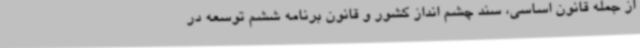
از جمله قانون اساسی، سند چشم انداز کشور و قانون برنامه ششم توسعه در